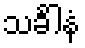
သင်္ခါနံ